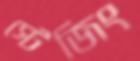
স্টেজিং